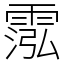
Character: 霐